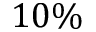
1 0 \%